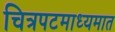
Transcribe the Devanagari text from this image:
चित्रपटमाध्यमात